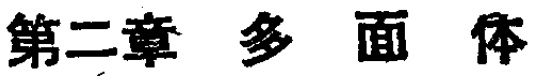
第二章 多面体